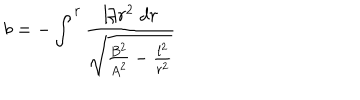
LaTeX: b = - \int ^ { r } \frac { l / r ^ { 2 } \; d r } { \sqrt { \frac { B ^ { 2 } } { A ^ { 2 } } - \frac { l ^ { 2 } } { r ^ { 2 } } } }